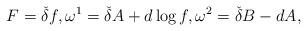
LaTeX: \begin{align*} F=\check{\delta} f, \omega^1 = \check{\delta} A + d\log f, \omega^2=\check{\delta}B - dA,\end{align*}